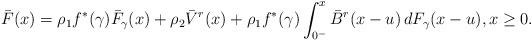
LaTeX: \begin{align*}\bar{F}(x) = \rho_{1}f^{*}(\gamma)\bar{F}_{\gamma}(x) + \rho_{2}\bar{V}^{r}(x) + \rho_{1}f^{*}(\gamma) \int_{0^-}^{x}\bar{B}^{r}(x-u)\,dF_{\gamma}(x-u), x \geq 0.\end{align*}